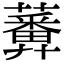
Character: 𧂵